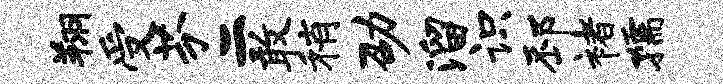
翔受芬二敢稍劭溜识邳褚孺